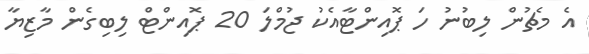
އެ މެޗުން ލިބުނު ހަ ޕޮއިންޓާއެކު ޖުމްލަ 20 ޕޮއިންޓް ލިބިގެން މާޒިޔާ